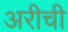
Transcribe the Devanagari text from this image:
अरीची